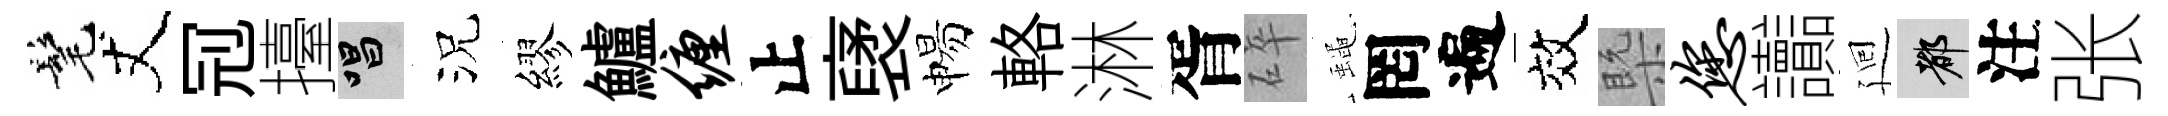
髦丈𠜍擡唱況繆鱸缠止裦惕輅淋胥碎蠅罔遍效槩您讟廻都注张